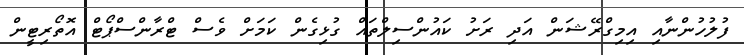
ފުލުހުންނާއި އިމިގްރޭޝަން އަދި ރަށު ކައުންސިލްތައް ގުޅިގެން ކަމަށް ވެސް ޓްރާންސްޕޯޓް އޮތޯރިޓީން